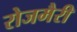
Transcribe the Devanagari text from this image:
रोजमैरी